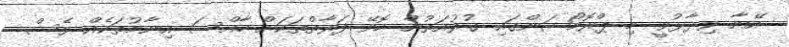
އޭނާ ވިދާޅުވީ މި ޕްރޮމޯޝަންގައި ގުރުއަތުން ހޮވޭ ފަރާތްތަކަށް ހާއްސަ އިނާމުތަކެއް ވެސް